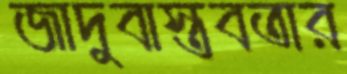
জাদুবাস্তবতার